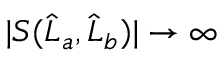
| S ( \widehat { L } _ { a } , \widehat { L } _ { b } ) | \to \infty